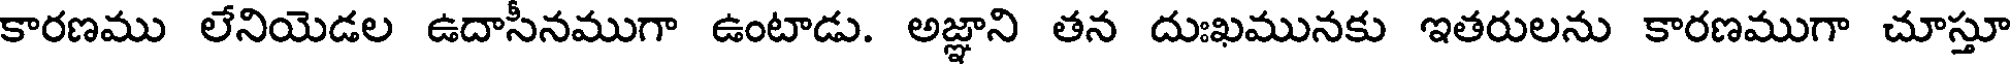
కారణము లేనియెడల ఉదాసీనముగా ఉంటాడు. అజ్ఞాని తన దుఃఖమునకు ఇతరులను కారణముగా చూస్తూ